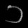
Digit: ၁